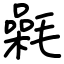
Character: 氉